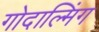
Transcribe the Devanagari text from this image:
गोदाल्मिंग